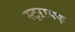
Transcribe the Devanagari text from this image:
स्ट्ऱाक्क्